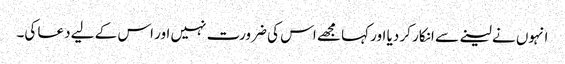
انہوں نے لینے سے انکار کر دیا اور کہا مجھے اس کی ضرورت نہیں اور اس کے لیے دعا کی۔